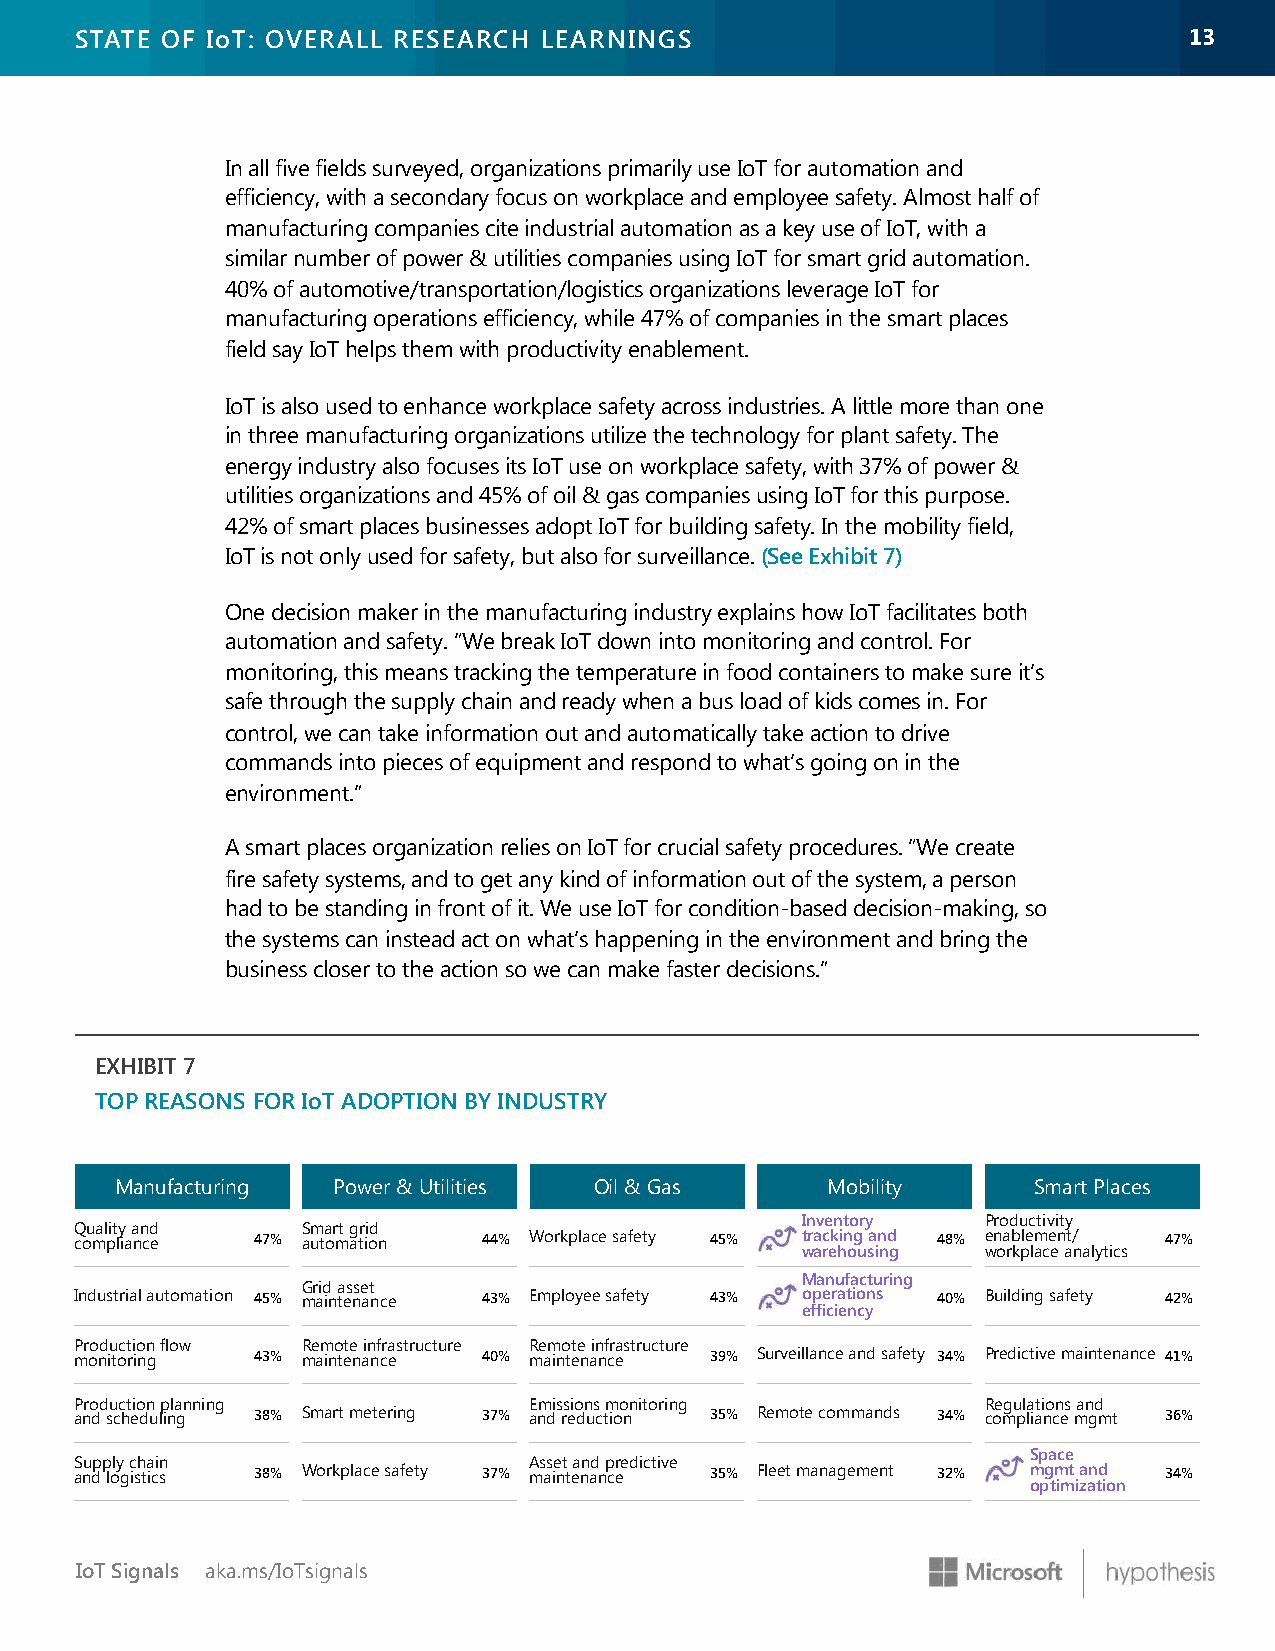
STATE OF IoT: OVERALL RESEARCH LEARNINGS                                  1133
 In all five fields surveyed, organizations primarily use IoT for automation and
 efficiency, with a secondary focus on workplace and employee safety. Almost half of
 manufacturing companies cite industrial automation as a key use of IoT, with a
 similar number of power & utilities companies using IoT for smart grid automation.
 40% of automotive/transportation/logistics organizations leverage IoT for
 manufacturing operations efficiency, while 47% of companies in the smart places
 field say IoT helps them with productivity enablement.
 IoT is also used to enhance workplace safety across industries. A little more than one
 in three manufacturing organizations utilize the technology for plant safety. The
 energy industry also focuses its IoT use on workplace safety, with 37% of power &
 utilities organizations and 45% of oil & gas companies using IoT for this purpose.
 42% of smart places businesses adopt IoT for building safety. In the mobility field,
 IoT is not only used for safety, but also for surveillance. (See Exhibit 7)
 One decision maker in the manufacturing industry explains how IoT facilitates both
 automation and safety. “We break IoT down into monitoring and control. For
 monitoring, this means tracking the temperature in food containers to make sure it’s
 safe through the supply chain and ready when a bus load of kids comes in. For
 control, we can take information out and automatically take action to drive
 commands into pieces of equipment and respond to what’s going on in the
 environment.”
 A smart places organization relies on IoT for crucial safety procedures. “We create
 fire safety systems, and to get any kind of information out of the system, a person
 had to be standing in front of it. We use IoT for condition-based decision-making, so
 the systems can instead act on what’s happening in the environment and bring the
 business closer to the action so we can make faster decisions.”
 EXHIBIT 7
 TOP REASONS FOR IoT ADOPTION BY INDUSTRY
 Manufacturing Power & Utilities Oil & Gas      Mobility     Smart Places
 Inventory   Productivity
 Quality and    Smart grid
 compliance  47% automation 44% Workplace safety 45% tracking and 48% enablement/ 47%
 warehousing workplace analytics
 Manufacturing
 Grid asset
 Industrial automation 45% maintenance 43% Employee safety 43% operations 40% Building safety 42%
 efficiency
 Production flow Remote infrastructure Remote infrastructure
 monitoring  43% maintenance 40% maintenance 39% Surveillance and safety 34% Predictive maintenance 41%
 Production planning           Emissions monitoring          Regulations and
 and scheduling 38% Smart metering 37% and reduction 35% Remote commands 34% compliance mgmt 36%
 Space
 Supply chain                  Asset and predictive
 and logistics 38% Workplace safety 37% maintenance 35% Fleet management 32% mgmt and 34%
 optimization
 IoT Signals aka.ms/IoTsignals